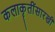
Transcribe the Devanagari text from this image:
कलाकॄतींसारखी